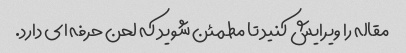
مقاله را ویرایش کنید تا مطمئن شوید که لحن حرفه ای دارد.